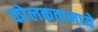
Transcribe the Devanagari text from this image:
कोलकतामध्ये